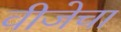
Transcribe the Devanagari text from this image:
वीजेचा